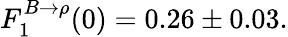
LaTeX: F_{1}^{B\to\rho}(0)=0.26\pm 0.03.